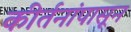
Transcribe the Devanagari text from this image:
कीर्तनांपासून